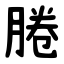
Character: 腃